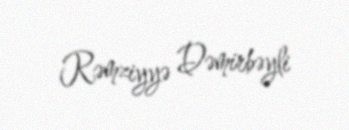
Rəmziyyə Dəmirbəyli